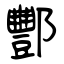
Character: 酆